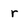
Character: r